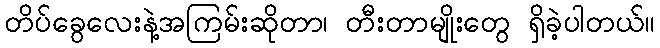
တိပ်ခွေလေးနဲ့အကြမ်းဆိုတာ၊ တီးတာမျိုးတွေ ရှိခဲ့ပါတယ်။